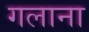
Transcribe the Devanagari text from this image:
गलाना